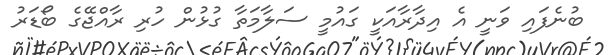
ބުނެފައި ވަނީ އެ އިދާރާއަކީ ގައުމީ ސަލާމަތާ ގުޅުން ހުރި ރާއްޖޭގެ ބޯޑަރު